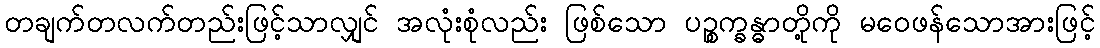
တချက်တလက်တည်းဖြင့်သာလျှင် အလုံးစုံလည်း ဖြစ်သော ပဉ္စက္ခန္ဓာတို့ကို မဝေဖန်သောအားဖြင့်